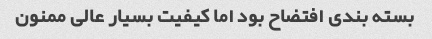
بسته بندی افتضاح بود اما کیفیت بسیار عالی ممنون